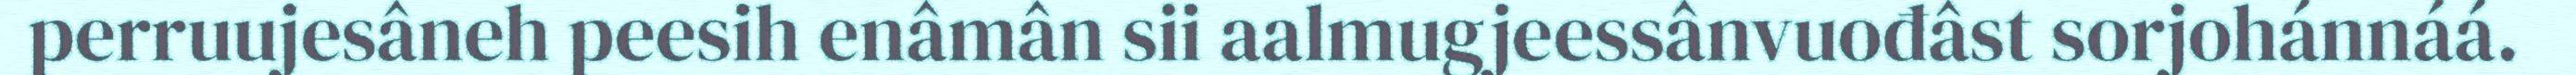
perruujesâneh peesih enâmân sii aalmugjeessânvuođâst sorjohánnáá.